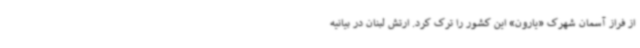
از فراز آسمان شهرک «یارون» این کشور را ترک کرد. ارتش لبنان در بیانیه